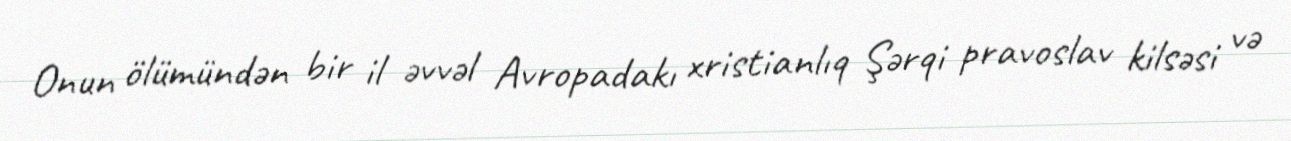
Onun ölümündən bir il əvvəl Avropadakı xristianlıq Şərqi pravoslav kilsəsi və